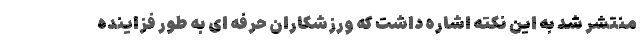
منتشر شد به این نکته اشاره داشت که ورزشکاران حرفه ای به طور فزاینده